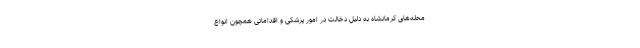
محله‌های کرمانشاه به دلیل دخالت در امور پزشکی و اقداماتی همچون انواع